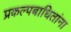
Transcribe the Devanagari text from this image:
प्रकल्पबाधितांना